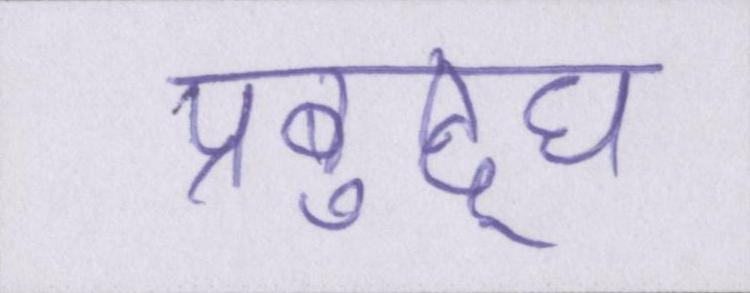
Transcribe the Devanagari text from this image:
प्रबुद्घ